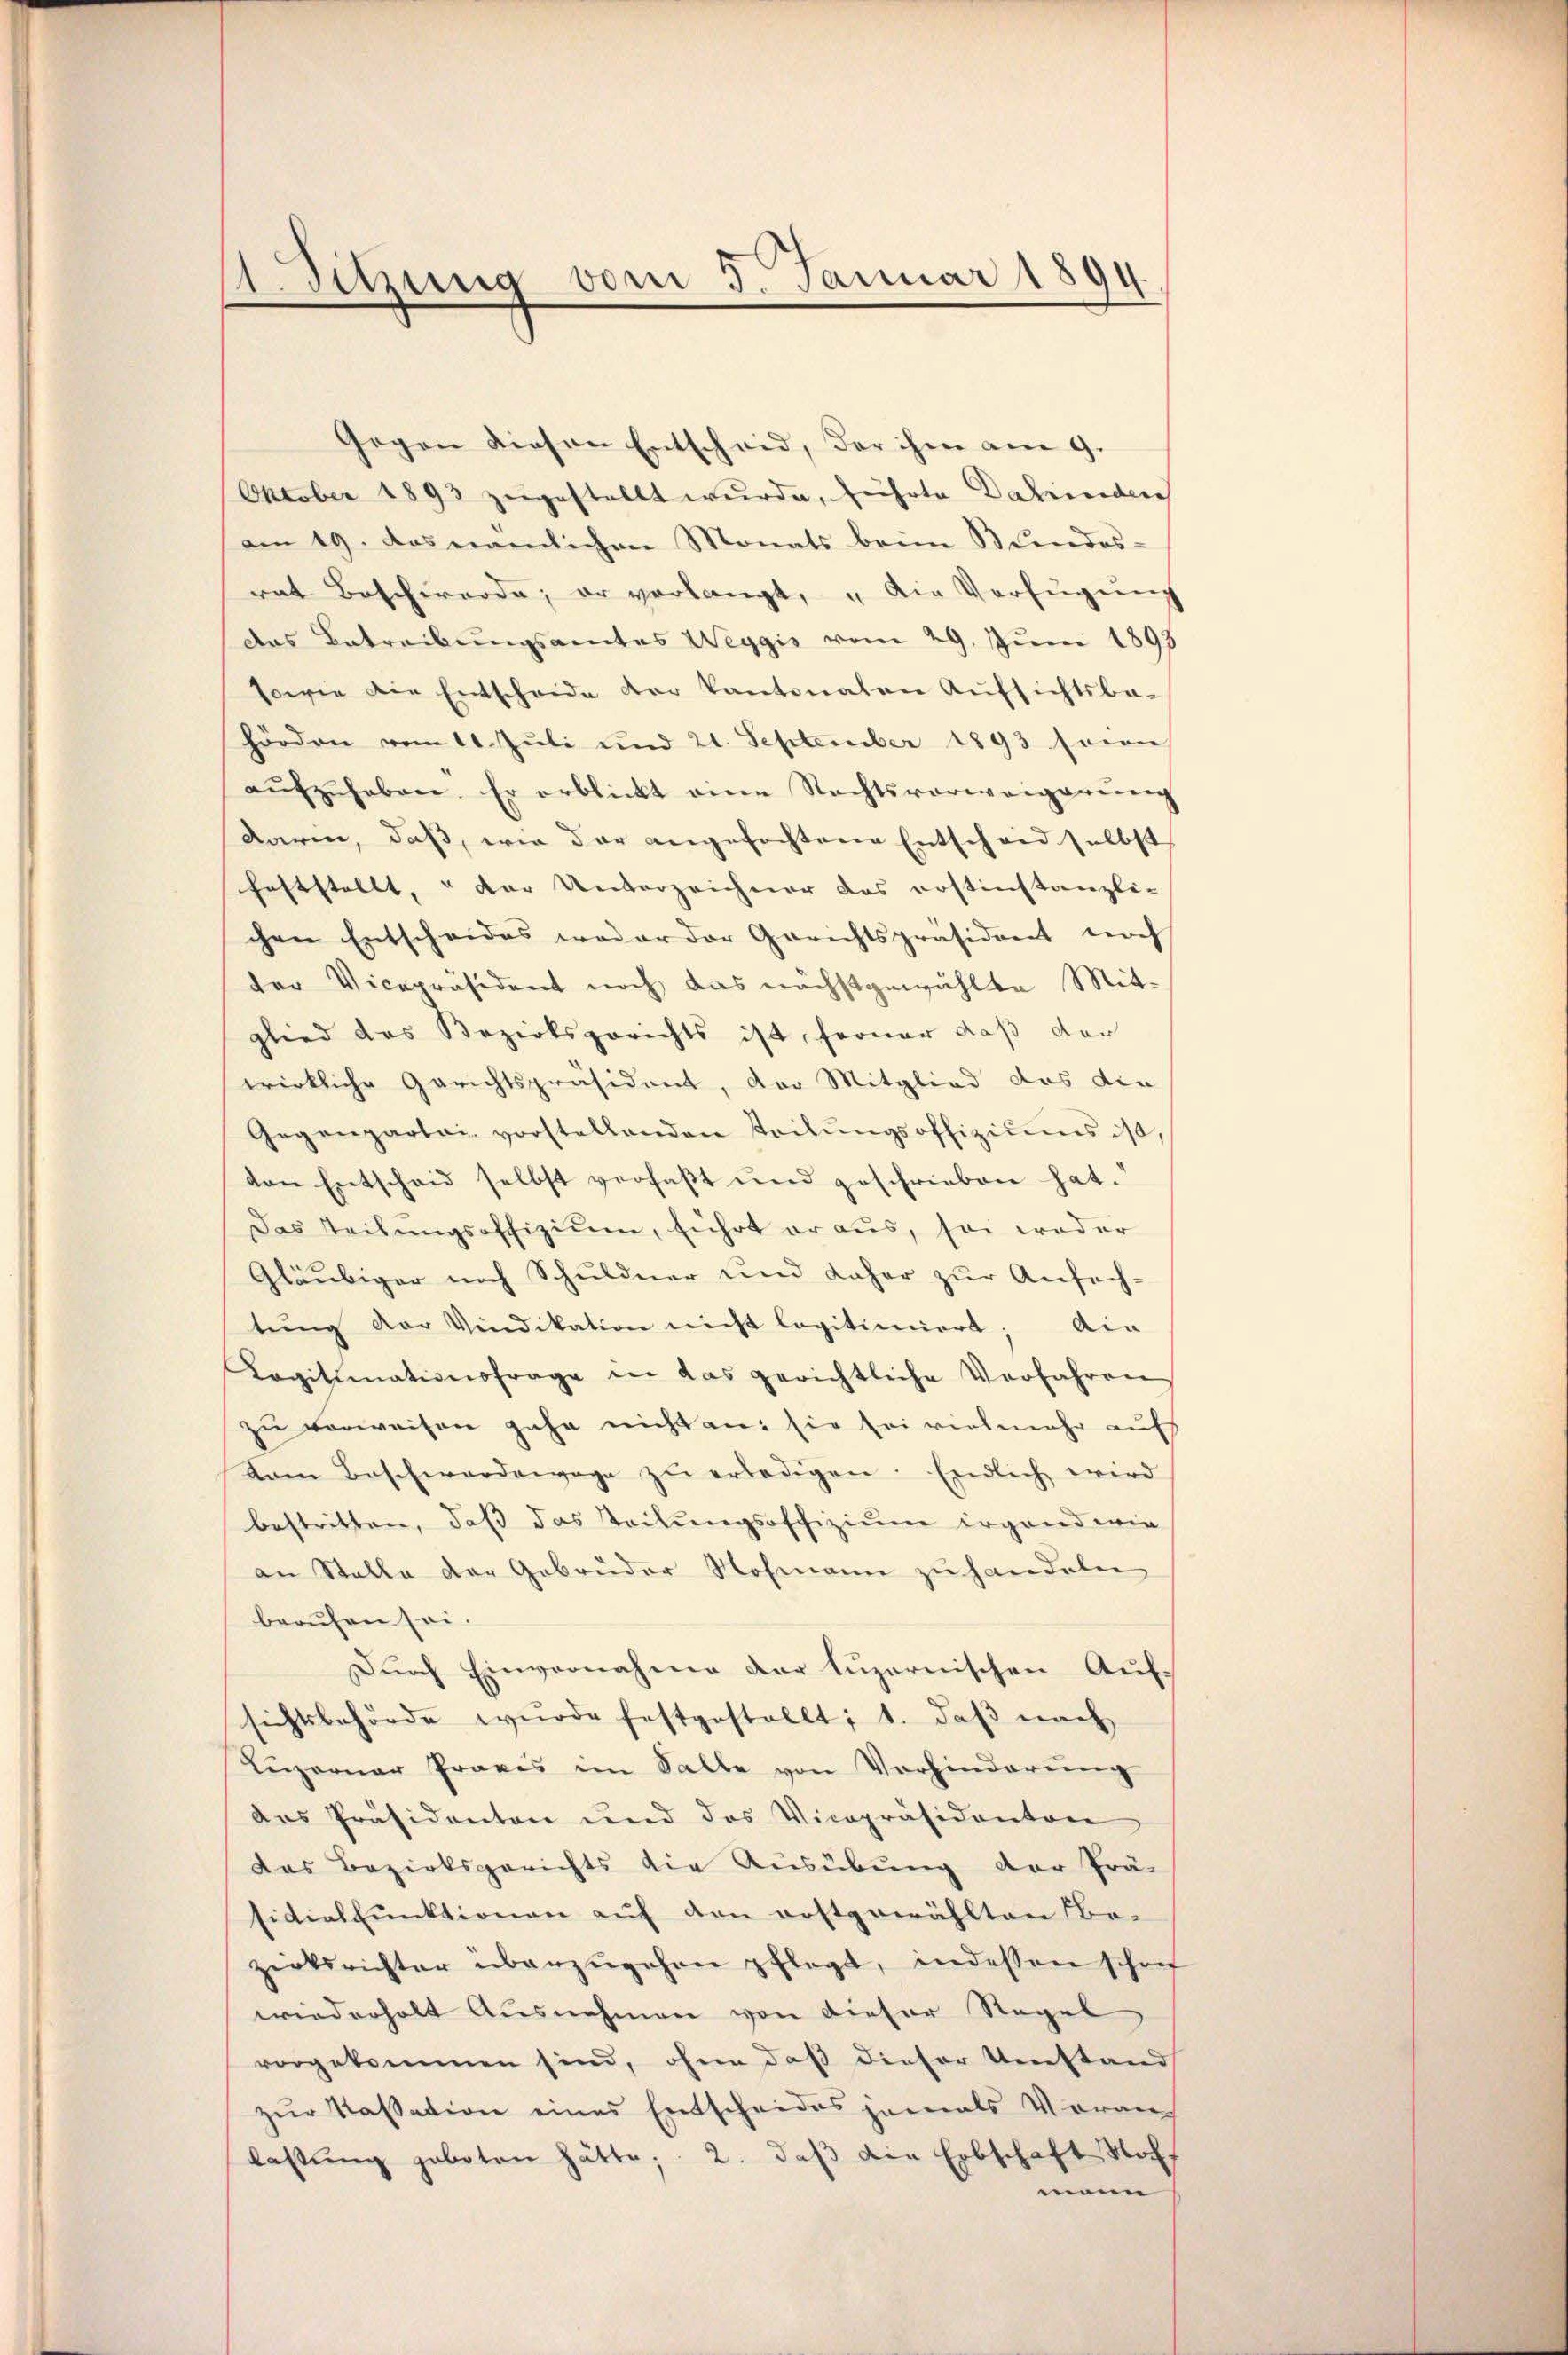
Gegen diesen Entscheid, der ihm am 9.
October 1893 zugestellt wurde, führte Dahinden
am 19. Das nämlichen Monats beim Bundes-
rat Beschwerde; er verlangt, „die Verfügung
das Betreibungsamtes Weggis vom 29. Juni 1893
sowie die Entscheide der kantonalen Aufsichtsbe-
hörden vom 11. Juli und 21. September 1893 seien
aŭfzŭheben. Er erblickt eine Rechtsverweigerŭng
daren, daß, wie der angefochtene Entscheid selbst
feststellt, u der Unterzeichner das erstinstanzli-
chen Entscheides weder der Gerichtspräsident noch
der Vicepräsident noch das nächstgewählte Mit-
glied das Bezirksgerichts ist, ferner daß der
wirkliche Gerichtspräsident, der Mitglied das die
Gegenpartai vorstellenden Teilŭngsoffiziums ist,
von Entschaid selbst verfaßt und geschrieben hat.
Das Teilungsoffizium, führt er aus, sei weder
Gläubiger nach Schuldner und daher zur Anfech-
tŭng der Vindikation nicht legitimiert; Ain
Legitimationsfrage in das gerichtliche Verfahren
zu verweisen gehe nicht an: sie sei vielmehr aufs
vom Beschwerdewege zŭ erledigen. Endlich wird
bestritten, daß das Teilungsoffizium irgend wie
an Stelle der Gebrüder Nohmann zu handeln
beruhen sei.
Durch Einvernahme der luzernischen Aufsichtsbehörde wurde festgestellt; 1. daβ nach
Luzerner Praxis im Falle von Vorhinderung
das Präsidenten und des Vicepräsidenten
das Bezirksgerichts die Ausübung der Prä-
sidialfunktionen auf den erstgewählten Be-
zirksrichter überzŭgehen pflegt, indessen schon
wiederholt Ausnahmen von dieser Regel
vorgekommen sind, ohne daß dieser Umstand
zur Kassation eines Entscheides jemals Voran
lastŭng geboten hätte; 2. daβ die Erbschaft Noch
mann

1 Setzung vom 5. Januar 1894